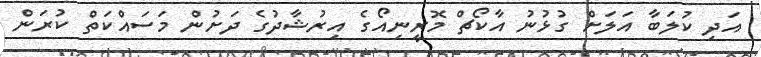
އަދި ކުލަބާ އަލަށް ގުޅުނު އާކޯޗް މޮރީނިއޯގެ އިރުޝާދުގެ ދަށުން މަސައްކަތް ކުރަން